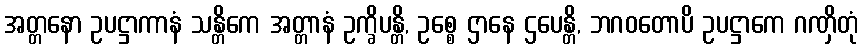
အတ္တနော ဥပဋ္ဌာကာနံ သန္တိကေ အတ္တာနံ ဥက္ခိပန္တိ, ဥစ္စေ ဌာနေ ဌပေန္တိ, ဘဂဝတောပိ ဥပဋ္ဌာကေ ဂဏှိတုံ